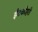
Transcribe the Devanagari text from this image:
ईंटकोहरी